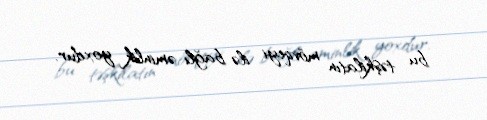
bu təşkilatın mövqeyi ilə bağlı əminlik yoxdur.